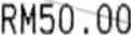
RM50.00